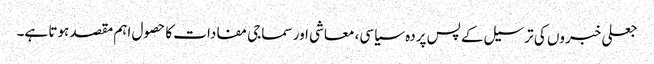
جعلی خبروں کی ترسیل کے پس پردہ سیاسی، معاشی اور سماجی مفادات کا حصول اہم مقصد ہوتا ہے۔